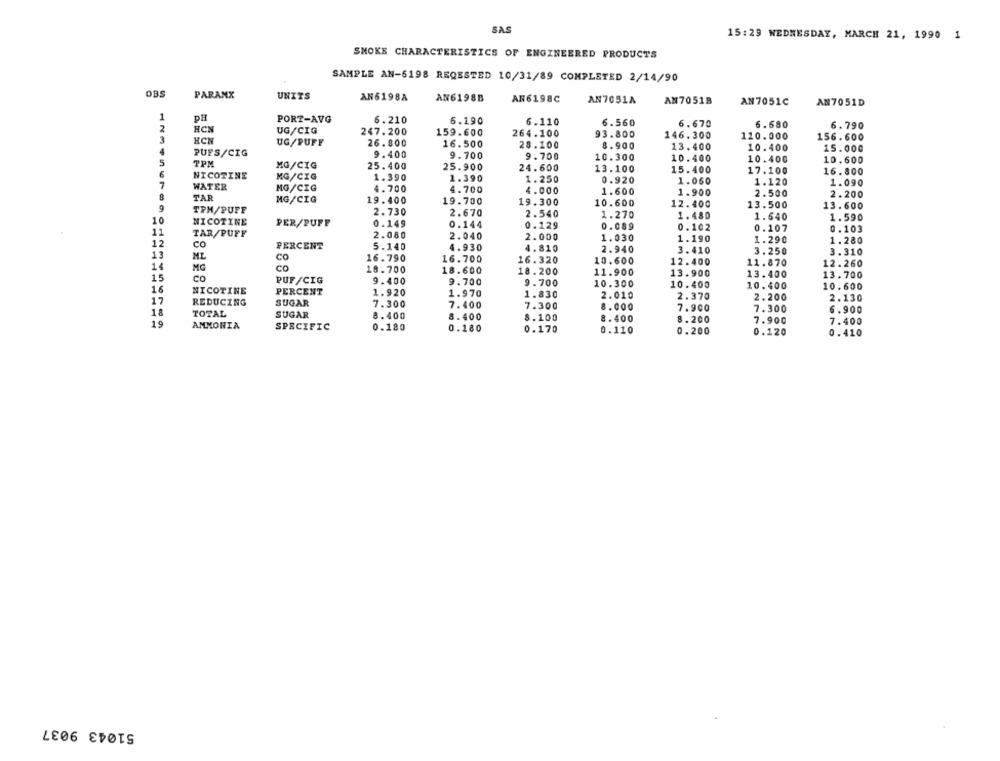
SAS
15:29 WEDNESDAY, MARCH 21, 1990 1
SMOKE CHARACTERISTICS OF ENGINEERED PRODUCTS
SAMPLE AN-5198 REQESTED 10/31/89 COMPLETED 2/14/90
OBS
PARANX
UNITS
AN6198A
AN6198B
AN6198C
AN7051A
AN70518
AN7051C
AN7051D
1
PH
PORT-AVG
6.210
6.190
6.110
6.560
6.670
6.680
2
HCN
UG/CIG
6.790
247.200
159.600
264.100
93.800
146.300
110.000
156.600
HCN
UG/PUFF
26.800
16.500
28.100
8.900
4
PUFS/CIG
13.400
10.400
15.000
5
9.400
9.700
9.700
10.300
10.400
10.400
10.600
TPM
MG/CIG
25.400
25.900
24.600
6
NICOTINE
MG/CIG
13.100
15.400
17.100
16.800
1.390
1.390
1.250
0.920
1.050
1.120
1.090
7
WATER
MG/CIG
4.700
4.700
4.000
1.600
1.900
TAR
MG/CIG
19.400
2.500
2.200
19.700
19.300
10.600
12.400
13.500
13.600
9
TPH/PUFF
2.730
2.670
2.540
1.270
10
NICOTINE
1.480
1.640
1.590
PER/PUFF
0.149
0.144
0.129
0.089
0.102
0.107
0.103
11
TAR/PUFF
2.080
2.040
2.000
1.030
1.190
12
co
1.290
1.280
PERCENT
5.140
4.930
4.810
2.940
3.410
3.250
3. 310
13
16.790
16.700
MG
16.320
10.600
12.400
11.870
12.260
18.700
18.600
18.200
11.900
13.900
13.400
13.700
Co
PUF/CIG
9.400
9.700
9.700
16
NICOTINE
PERCENT
10.300
10.400
10.400
10.600
1.920
1.970
1.830
2.010
2.370
2.200
2.130
17
REDUCING
SUGAR
7.300
7.400
7.300
18
SUGAR
8.000
7.900
7.300
6.900
TOTAL
8.400
8.400
8.100
8.400
8.200
7.900
19
AMMONIA
SPECIFIC
0.180
0.180
7.400
0.170
0.110
0.200
0.120
0.410
51043 9037